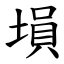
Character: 塤